Plague in India, 1896, 1897 - Volume 3
Year: 1896
Disease focus: Plague
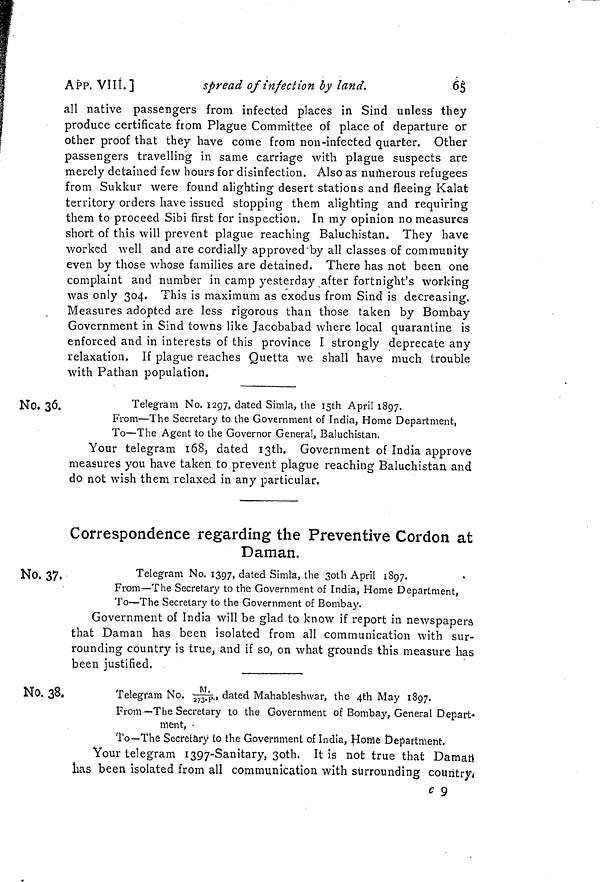
65
APP. VIII.]
spread of infection by land.
all native passengers from infected places in Sind unless they
produce certificate from Plague Committee of place of departure or
other proof that they have come from non-infected quarter. Other
passengers travelling in same carriage with plague suspects are
merely detained few hours for disinfection. Also as numerous refugees
from Sukkur were found alighting desert stations and fleeing Kalat
territory orders have issued stopping them alighting and requiring
them to proceed Sibi first for inspection. In my opinion no measures
short of this will prevent plague reaching Baluchistan. They have
worked well and are cordially approved by all classes of community
even by those whose families are detained. There has not been one
complaint and number in camp yesterday after fortnight's working
was only 304. This is maximum as exodus from Sind is decreasing.
Measures adopted are less rigorous than those taken by Bombay
Government in Sind towns like Jacobabad where local quarantine is
enforced and in interests of this province I strongly deprecate any
relaxation. If plague reaches Quetta we shall have much trouble
with Pathan population.
No, 36.
Telegram No. 1297, dated Simla, the 15th April 1897.
From—The Secretary to the Government of India, Home Department,
To—The Agent to the Governor General, Baluchistan.
Your telegram 168, dated I3th. Government of India approve
measures you have taken to prevent plague reaching Baluchistan and
do not wish them relaxed in any particular.
Correspondence regarding the Preventive Cordon at
Daman.
No, 37.
Telegram No. 1397, dated Simla, the 3oth April 1897.
From—The Secretary to the Government of India, Home Department,
To—The Secretary to the Government of Bombay.
Government of India will be glad to know if report in newspapers
that Daman has been isolated from all communication with sur-
rounding country is true, and if so, on what grounds this measure has
been justified.
No. 38.
Telegram No. M/273.p., dated Mahableshwar, the 4th May 1897.
From—The Secretary to the Government of Bombay, General Depart-
ment, •
To—The Secretary to the Government of India, Home Department.
Your telegram 1397-Sanitary, 3oth. It is not true that Damati
has been isolated from all communication with surrounding country.
9
c 9